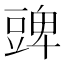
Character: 豍